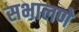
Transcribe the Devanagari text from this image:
सभालणे